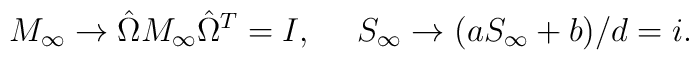
M_{\infty} \to \hat{\Omega}M_{\infty}\hat{\Omega}^T=I ,\ \  \ \  S_{\infty} \to (aS_{\infty}+b)/d = i.